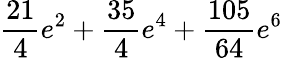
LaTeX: \frac{21}{4}e^{2}+\frac{35}{4}e^{4}+\frac{105}{64}e^{6}